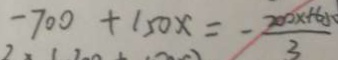
- 7 0 0 + 1 5 0 x = - \frac { 2 0 0 x + 6 5 } { 3 }